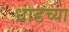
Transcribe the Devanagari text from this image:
धांडच्या